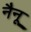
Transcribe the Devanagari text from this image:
नैनू